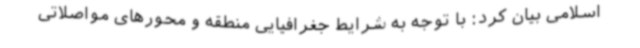
اسلامی بیان کرد: با توجه به شرایط جغرافیایی منطقه و محورهای مواصلاتی